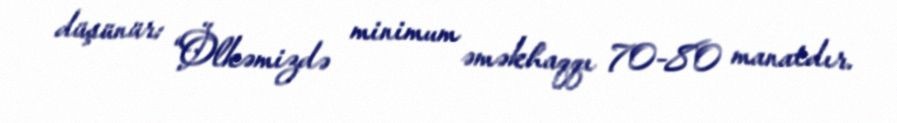
düşünür: “Ölkəmizdə minimum əməkhaqqı 70-80 manatdır.